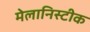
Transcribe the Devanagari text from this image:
मेलानिस्टीक